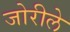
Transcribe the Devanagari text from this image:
जोरीले